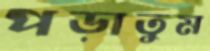
পড়াতুম